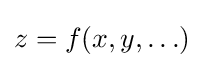
z=f(x,y,\ldots )